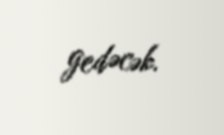
gedəcək.